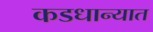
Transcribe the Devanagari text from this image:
कडधान्यात